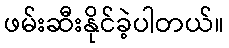
ဖမ်းဆီးနိုင်ခဲ့ပါတယ်။